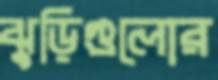
ঝুড়িগুলোর